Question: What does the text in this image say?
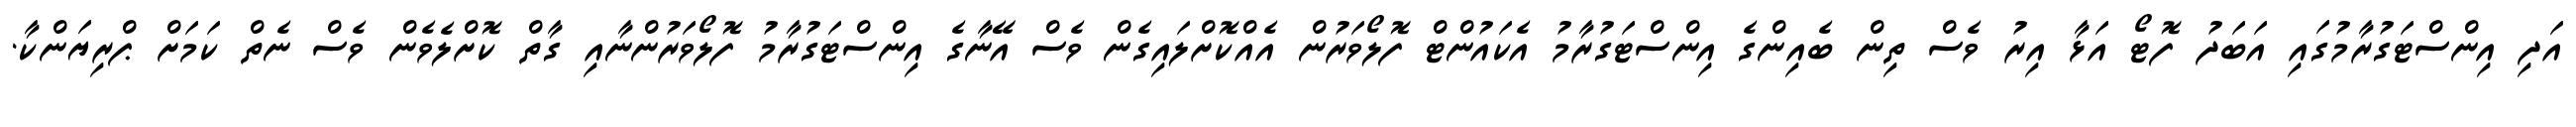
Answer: އަދި އިންސްޓަގުރާމުގައި އަބަދު ފޮޓޯ އަޅާ އިރު ވެސް ތިން ބެއިންގެ އިންސްޓަގުރާމު އެކައުންޓް ފޮލޯވަރުން އެއްކޮށްލައިގެން ވެސް އޭނާގެ އިންސްޓަގުރާމު ފޮލޯވަރުންނާއި ގާތް ކޮށްލެވެން ވެސް ނެތް ކަމަށް ޕްރިޔަންކާ.